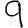
Digit: 9